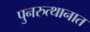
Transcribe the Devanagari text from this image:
पुनरुत्थानात